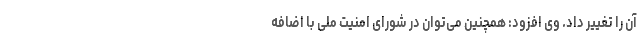
آن را تغییر داد. وی افزود: همچنین می‌توان در شورای امنیت ملی با اضافه